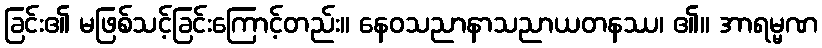
ခြင်း၏ မဖြစ်သင့်ခြင်းကြောင့်တည်း။ နေဝသညာနာသညာယတနဿ၊ ၏။ အာရမ္မဏ